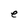
Character: e